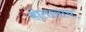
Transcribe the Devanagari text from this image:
होतानाच